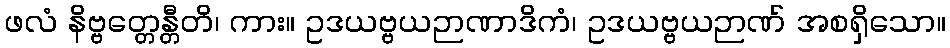
ဖလံ နိဗ္ဗတ္တေန္တီတိ၊ ကား။ ဥဒယဗ္ဗယဉာဏာဒိကံ၊ ဥဒယဗ္ဗယဉာဏ် အစရှိသော။